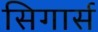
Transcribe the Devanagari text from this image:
सिगार्स